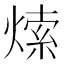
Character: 𤌘